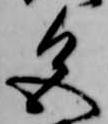
色